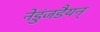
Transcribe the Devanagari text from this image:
नेडुंजडैयन्